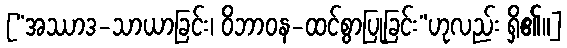
[“အဿာဒ-သာယာခြင်း၊ ဝိဘာဝန-ထင်စွာပြုခြင်း”ဟုလည်း ရှိ၏။]